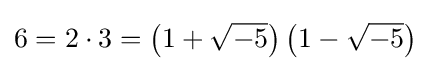
6=2\cdot 3=\left(1+{\sqrt {-5}}\right)\left(1-{\sqrt {-5}}\right)